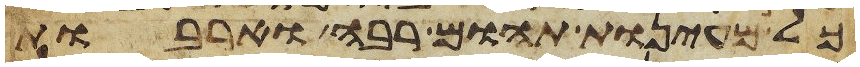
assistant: כל מעינות תהום רבה וארבות